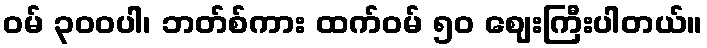
ဝမ် ၃၀၀ပါ၊ ဘတ်စ်ကား ထက်ဝမ် ၅၀ ဈေးကြီးပါတယ်။